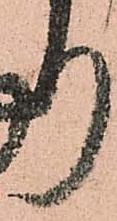
り